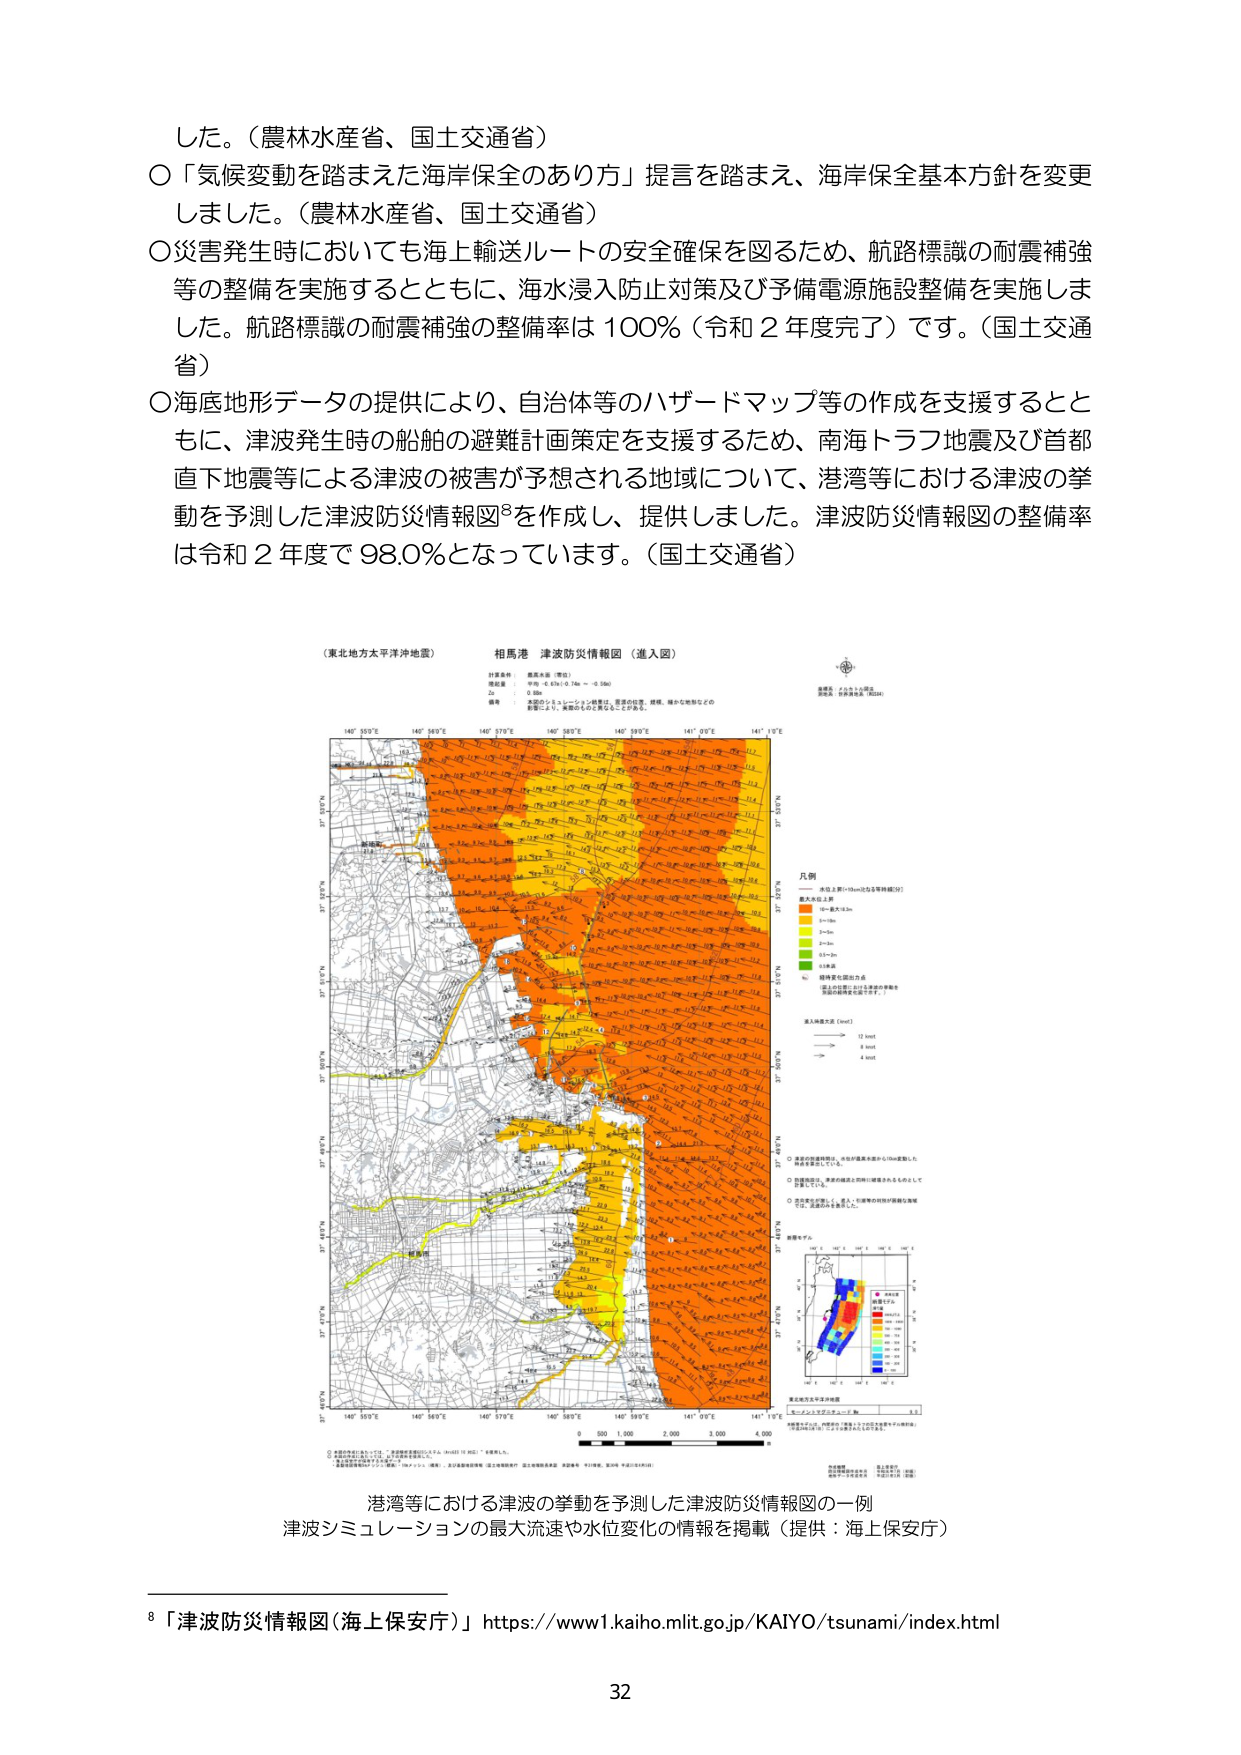
した。（農林水産省、国土交通省）
〇「気候変動を踏まえた海岸保全のあり方」提言を踏まえ、海岸保全基本方針を変更しました。（農林水産省、国土交通省）
〇災害発生時においても海上輸送ルートの安全確保を図るため、航路標識の耐震補強等の整備を実施するとともに、海水浸入防止対策及び予備電源施設整備を実施しました。航路標識の耐震補強の整備率は100％（令和２年度完了）です。（国土交通省）
〇海底地形データの提供により、自治体等のハザードマップ等の作成を支援するとともに、津波発生時の船舶の避難計画策定を支援するため、南海トラフ地震及び首都直下地震等による津波の被害が予想される地域について、港湾等における津波の挙動を予測した津波防災情報図⁸を作成し、提供しました。津波防災情報図の整備率は令和２年度で98.0％となっています。（国土交通省）

（東北地方太平洋沖地震）
相馬港 津波防災情報図（進入図）
対象条件
地震：Mw 8.45（深さ 50km～55km）
Zs：0.5km
備考：本図のシミュレーション結果は、震源の位置、規模、傾斜や地盤などの影響により、実際のものと異なることがあります。

凡例
・水位上昇（10cm位を等間隔に）
最大水位上昇
→ 10～50cm
→ 50～100cm
→ 100～200cm
→ 200～300cm
→ 300～400cm
→ 400cm以上
・極端な水位上昇
（最大水位上昇が100cm以上となる地点）
・流入時速（m/s）
→ 1 knot
→ 2 knot
→ 4 knot

〇津波の伝播時間は、水位が最高水位の1/10に達した時間を基準としている。
〇極端な水位上昇は、津波の伝播が非常に速い地点として示している。
〇図中の数字は、津波シミュレーションによる最大水位上昇（cm）を示している。

図面番号：4-2-1-1-002
図面名：津波防災情報図（相馬港）

港湾等における津波の挙動を予測した津波防災情報図の一例
津波シミュレーションの最大流速や水位変化の情報を掲載（提供：海上保安庁）

⁸「津波防災情報図（海上保安庁）」https://www1.kaiho.mlit.go.jp/KAIYO/tsunami/index.html

32